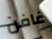
غافن